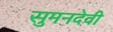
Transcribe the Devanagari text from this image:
सुमनदेवी